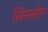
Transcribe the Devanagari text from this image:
सिस्लॉग